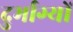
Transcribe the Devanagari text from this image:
दुर्भाग्यों